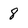
Character: 8